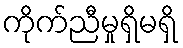
ကိုက်ညီမှုရှိမရှိ